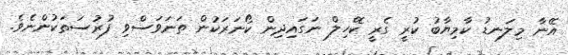
އޭނާ މިލަނޑު ކާމިޔާބު ކުރީ ގެރީ ކޭހިލް ނަގައިދިން ކޯނަރަކުން ތަނަވަސްވި ފުރުސަތަކުންނެވެ.